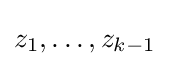
z_{1},\ldots ,z_{k-1}